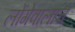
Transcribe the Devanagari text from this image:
लोंगेवालाचे